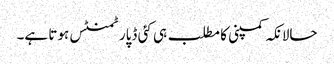
حالانکہ کمپنی کا مطلب ہی کئی ڈپارٹمنٹس ہوتا ہے۔